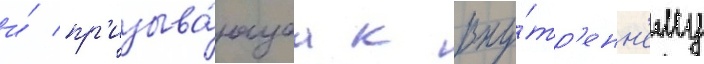
и́ пр'изыва́ющаа к вну́тр'енн'ему